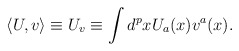
\begin{align*}\langle U,v\rangle \equiv U_v \equiv \int d^p x U_a(x) v^a(x).\end{align*}